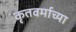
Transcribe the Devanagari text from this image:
कृतवर्माच्या